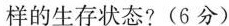
样的生存状态?(6分)